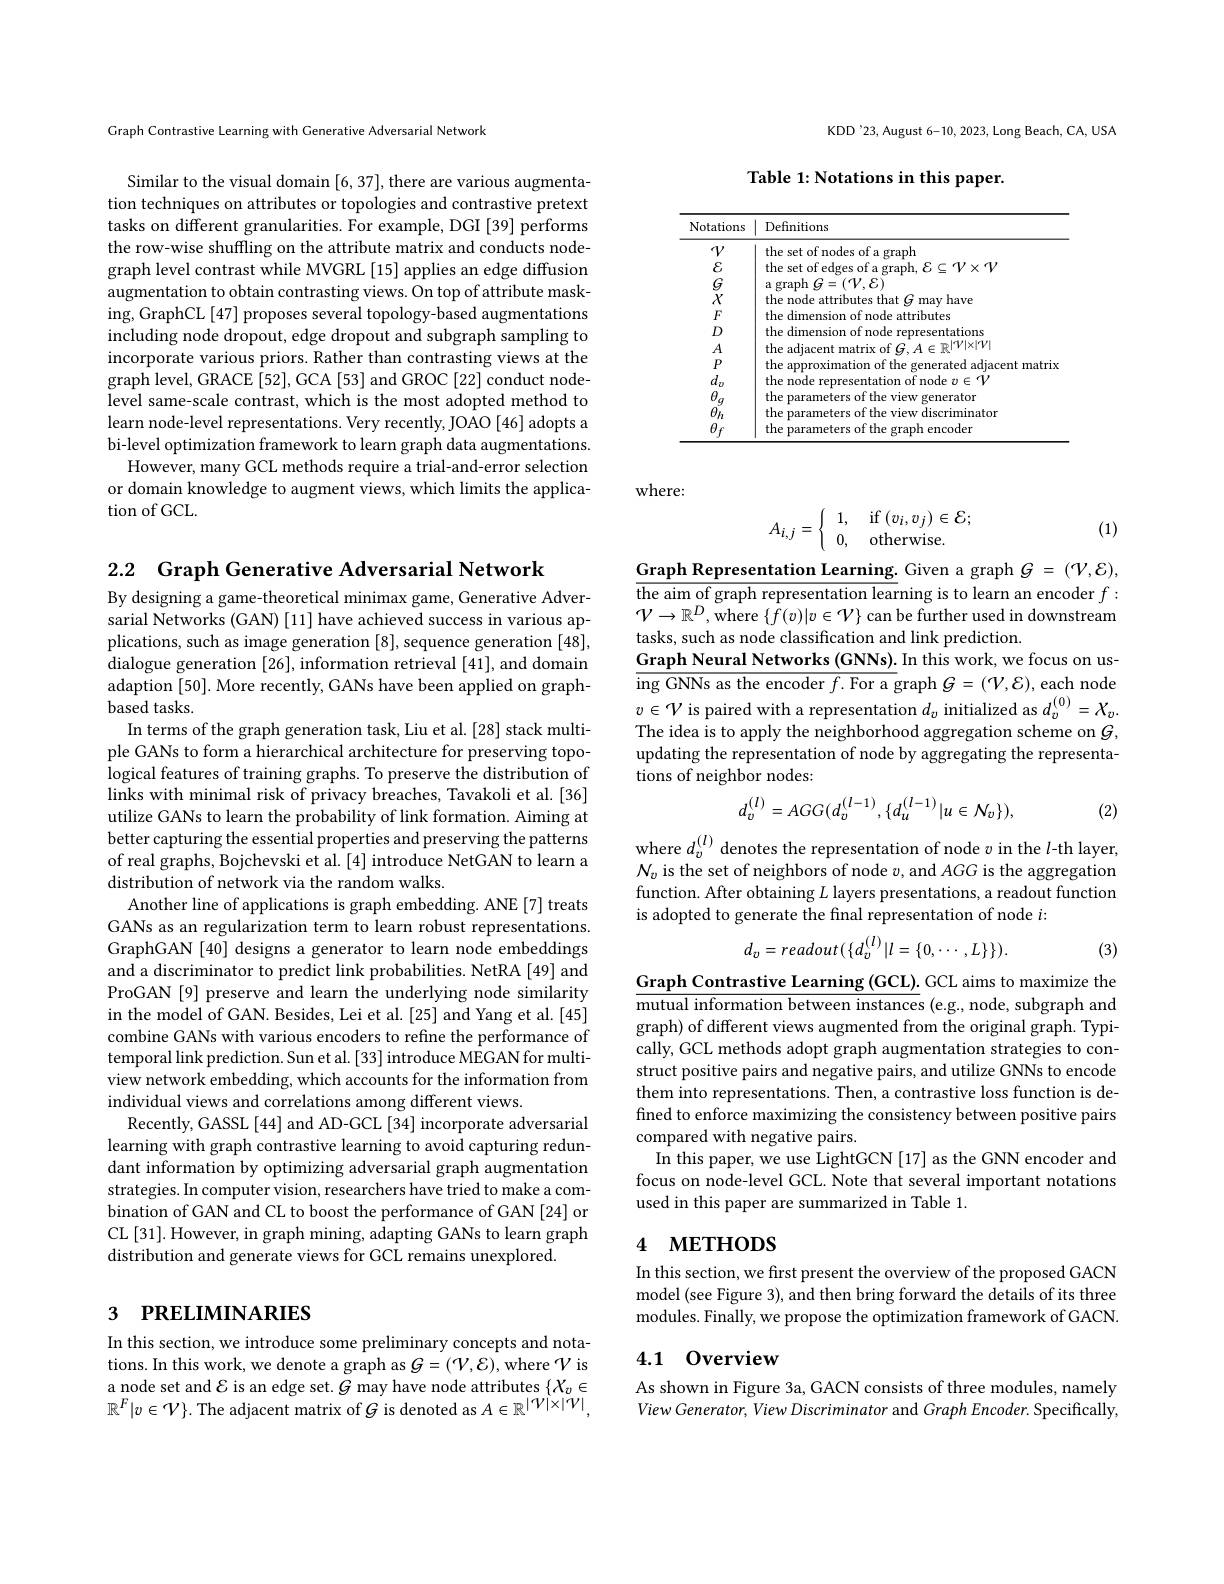
Graph Contrastive Learning with Generative Adversarial Network

Similar to the visual domain [6,37], there are various augmentation techniques on attributes or topologies and contrastive pretext tasks on different granularities. For example, DGI [39] performs the row-wise shuffling on the attribute matrix and conducts nodegraph level contrast while MVGRL [15] applies an edge diffusion augmentation to obtain contrasting views. On top of attribute masking, GraphCL [47] proposes several topology-based augmentations including node dropout, edge dropout and subgraph sampling to incorporate various priors. Rather than contrasting views at the graph level, GRACE [52], GCA [53] and GROC [22] conduct nodelevel same-scale contrast, which is the most adopted method to learn node-level representations. Very recently, JOAO [46] adopts a bi-level optimization framework to learn graph data augmentations.
However, many GCL methods require a trial-and-error selection or domain knowledge to augment views, which limits the application of GCL.

2.2 Graph Generative Adversarial Network
By designing a game-theoretical minimax game, Generative Adversarial Networks (GAN) [11] have achieved success in various applications, such as image generation [8], sequence generation [48], dialogue generation [26], information retrieval [41], and domain adaption [50]. More recently, GANs have been applied on graphbased tasks.
In terms of the graph generation task, Liu et al. [28] stack multiple GANs to form a hierarchical architecture for preserving topological features of training graphs. To preserve the distribution of links with minimal risk of privacy breaches, Tavakoli et al.[36] utilize GANs to learn the probability of link formation. Aiming at better capturing the essential properties and preserving the patterns of real graphs, Bojchevski et al. [4] introduce NetGAN to learn a distribution of network via the random walks.
Another line of applications is graph embedding. ANE [7] treats GANs as an regularization term to learn robust representations. GraphGAN [40] designs a generator to learn node embeddings and a discriminator to predict link probabilities. NetRA [49] and ProGAN[9] preserve and learn the underlying node similarity in the model of GAN. Besides, Lei et al. [25] and Yang et al.[45] combine GANs with various encoders to refine the performance of temporal link prediction. Sun et al. [33] introduce MEGAN for multiview network embedding, which accounts for the information from individual views and correlations among different views.
Recently, GASSL [44] and AD-GCL [34] incorporate adversarial learning with graph contrastive learning to avoid capturing redundant information by optimizing adversarial graph augmentation strategies. In computer vision, researchers have tried to make a combination of GAN and CL to boost the performance of GAN [24] or CL [31]. However, in graph mining, adapting GANs to learn graph distribution and generate views for GCL remains unexplored.

# 3 РRELIMINARIES

In this section, we introduce some preliminary concepts and notations. In this work, we denote a graph as $G=(\mathcal{V},\mathcal{E})$,where $\mathcal{V}$ is a node set and $\mathcal{E}$ is an edge set. $G$ may have node attributes $\{X_v\in$ $\mathbb{R}^F|v\in\mathcal{V}\}.$ The adjacent matrix of$G$ is denoted as $A\in\mathbb{R}^|\mathcal{V}|\times|\mathcal{V}|$,

KDD'23, August 6-10, 2023, Long Beach, CA, USA

Table 1: Notations in this paper.

<table>
	<tbody>
		<tr>
			<th>Notations</th>
			<th>Definitions</th>
		</tr>
		<tr>
			<td>TSGAFDAPB的品所</td>
			<td>the set of nodes of a graph the set of edges of a graph, $\mathcal{E}\subseteq\mathcal{V}\times\mathcal{V}$ $\operatorname{a}$ graph $G=(\mathcal V,\mathcal{E})$ the node attributes that $G$ may have the dimension of node attributes the dimension of node representations the adjacent matrix of $G,A\in\mathbb{R}^|\mathcal{V}|\times|\mathcal{V}|$ the approximation of the generated adjacent matrix the node representation of node $v\in\mathcal{V}$ the parameters of the view generator the parameters of the view discriminator the parameters of the graph encoder</td>
		</tr>
	</tbody>
</table>

where:
$$A_{i,j}=\begin{cases}&1,\quad\mathrm{if}\:(v_i,v_j)\in\mathcal{E};\\&0,\quad\mathrm{otherwise}.\end{cases}$$
(1)

$\underline {\mathrm{Graph~Representation~Learning. ~Given~a~graph~}}\mathcal{G} = ( \mathcal{V} , \mathcal{E} ) $, $\overline{\text{the aim of graph representation learning is to learn an encoder }f:}$ $\mathcal{V}\to\mathbb{R}^{D}$,where $\{\hat{f}(v)|v\in\mathcal{V}\}$ can be further used in downstream tasks, such as node classification and link prediction.
Graph Neural Networks (GNNs). In this work, we focus on us- $\overline{\text{ing GNNs as the encoder }f.\text{For a graph }G=(\mathcal V,\mathcal{E}),\text{each node}}$ $v\in\mathcal{V}$ is paired with a representation $d_v$ initialized as $d_v^{(0)}=\mathcal{X}_v.$ The idea is to apply the neighborhood aggregation scheme on $G$, updating the representation of node by aggregating the representations of neighbor nodes:
$$d_{v}^{(l)}=AGG(d_{v}^{(l-1)},\{d_{u}^{(l-1)}|u\in\mathcal{N}_{v}\}),$$
(2)

where $d_v^{(l)}$ denotes the representation of node $v$ in the $l$-th layer, $\mathcal{N}_v$ is the set of neighbors of node $v$, and AGG is the aggregation function. After obtaining $L$ layers presentations, a readout function is adopted to generate the final representation of node $i:$
$$d_{v}=readout(\{d_{v}^{(l)}|l=\{0,\cdots,L\}\}).$$
(3)

Graph Contrastive Learning (GCL). GCL aims to maximize the $\overline{\text{mutual information between instances}}$(e.g., node, subgraph and graph) of different views augmented from the original graph. Typically, GCL methods adopt graph augmentation strategies to construct positive pairs and negative pairs, and utilize GNNs to encode them into representations. Then, a contrastive loss function is defined to enforce maximizing the consistency between positive pairs compared with negative pairs.
In this paper, we use LightGCN[17] as the GNN encoder and focus on node-level GCL. Note that several important notations used in this paper are summarized in Table 1.

# 4 МЕТНОDS

In this section, we first present the overview of the proposed GACN model (see Figure 3), and then bring forward the details of its three modules. Finally, we propose the optimization framework of GACN.

## 4.1 0verview

As shown in Figure 3a, GACN consists of three modules, namely View Generator, View Discriminator and Graph Encoder. Specifically,